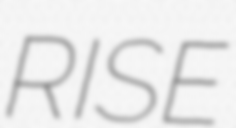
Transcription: RISE